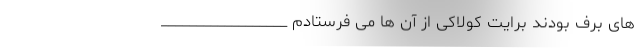
های برف بودند برایت کولاکی از آن ها می فرستادم __________________